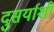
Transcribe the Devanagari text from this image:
दुसर्याशी